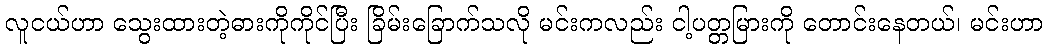
လူငယ်ဟာ သွေးထားတဲ့ဓားကိုကိုင်ပြီး ခြိမ်းခြောက်သလို မင်းကလည်း ငါ့ပတ္တမြားကို တောင်းနေတယ်၊ မင်းဟာ